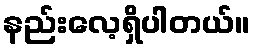
နည်းလေ့ရှိပါတယ်။